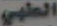
الطبي